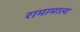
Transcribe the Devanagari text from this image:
रामामात्य